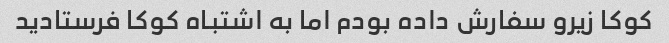
کوکا زیرو سفارش داده بودم اما به اشتباه کوکا فرستادید